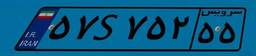
۵۳S۲۱۴۰۶